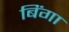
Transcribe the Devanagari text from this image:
बिंगा